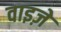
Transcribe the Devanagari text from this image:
वाइज़े